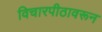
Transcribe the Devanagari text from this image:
विचारपीठावरून